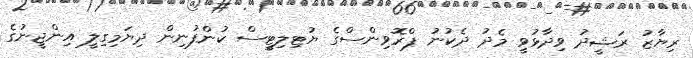
ރިޔާޒު ރަޝީދު ވިދާޅުވީ މެދު ދެކުނު ޕްރޮވިންސްގެ ޔުޓިލިޓީސް ކުންފުނިން ދިޔަމިގިލީ އިންޖީނުގެ